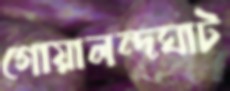
গোয়ালন্দঘাট